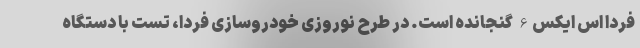
فردا اس ایکس6 گنجانده است. در طرح نوروزی خودروسازی فردا، تست با دستگاه